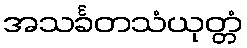
အသင်္ခတသံယုတ္တံ